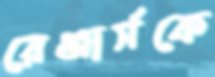
রেঞ্জার্সকে